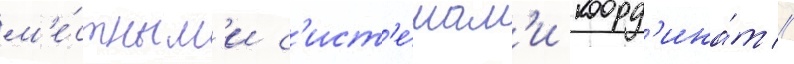
м'е́стным'и с'ист'е́мам'и коорд'ина́т //